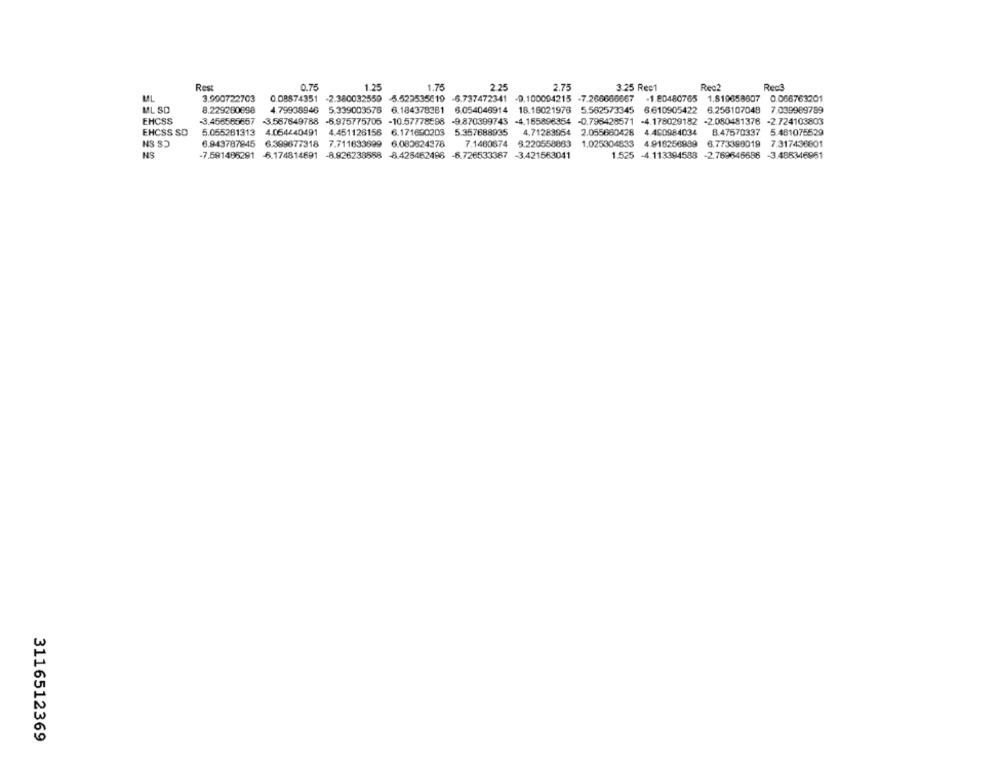
Rest
0.75
1.25
1.75
2.25
2.75
3.25 Rec1
Rec?
Rect
ML
3.900722703
0.08574351 -2.380032559 -5.523535610 -6.737472341 -9.100004215 -7.266666667
-1.80480765 1.819658607 0.066763201
ML SD
8.229280898
4.79938946 5.339003578 6.184378381 6.054046914 18.16021978 5.562573345 6.610905422 6.256107048 7.039989789
EHCSS
-3.456585657 3.567649788 -6.975775705 -10.57778598 -9.870399743 -4.165896354 -0.796428571 -4.178029182 -2.080481376 -2.724103803
EHCSS SD
5.055281313
4.064/40491 4.451126156 6.171690203
5.357688935
4.71283954 2.055660428 4.460984034
8.47570337 5.481075529
6.943787945 6.399677318 7.711633699 6.080824378
7.1480674 5.220558883 1.025304833 4.916256899 6.773398019 7.317436801
NS
-7.591495291 -6.174814691 -8.926238558 -8.425462496 -8.726533387 -3.421563041
1.525 -4.113394588 -2.769646686 -3.488346961
3116512369